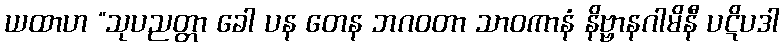
ယထာဟ “သုပညတ္တာ ခေါ ပန တေန ဘဂဝတာ သာဝကာနံ နိဗ္ဗာနဂါမိနီ ပဋိပဒါ